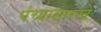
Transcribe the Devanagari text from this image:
पंच्यासारखे